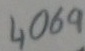
Text: 4069